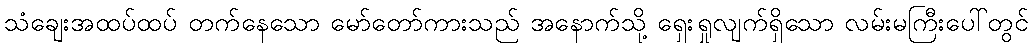
သံချေးအထပ်ထပ် တက်နေသော မော်တော်ကားသည် အနောက်သို့ ရှေးရှုလျက်ရှိသော လမ်းမကြီးပေါ်တွင်